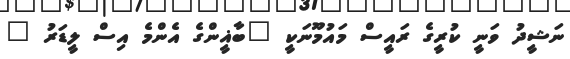
ނަޝީދު ވަނީ ކުރީގެ ރައީސް މައުމޫނަކީ "ބާޣީންގެ އެންމެ އިސް ލީޑަރު "